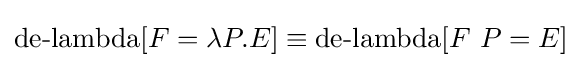
\operatorname {de-lambda} [F=\lambda P.E]\equiv \operatorname {de-lambda} [F\ P=E]